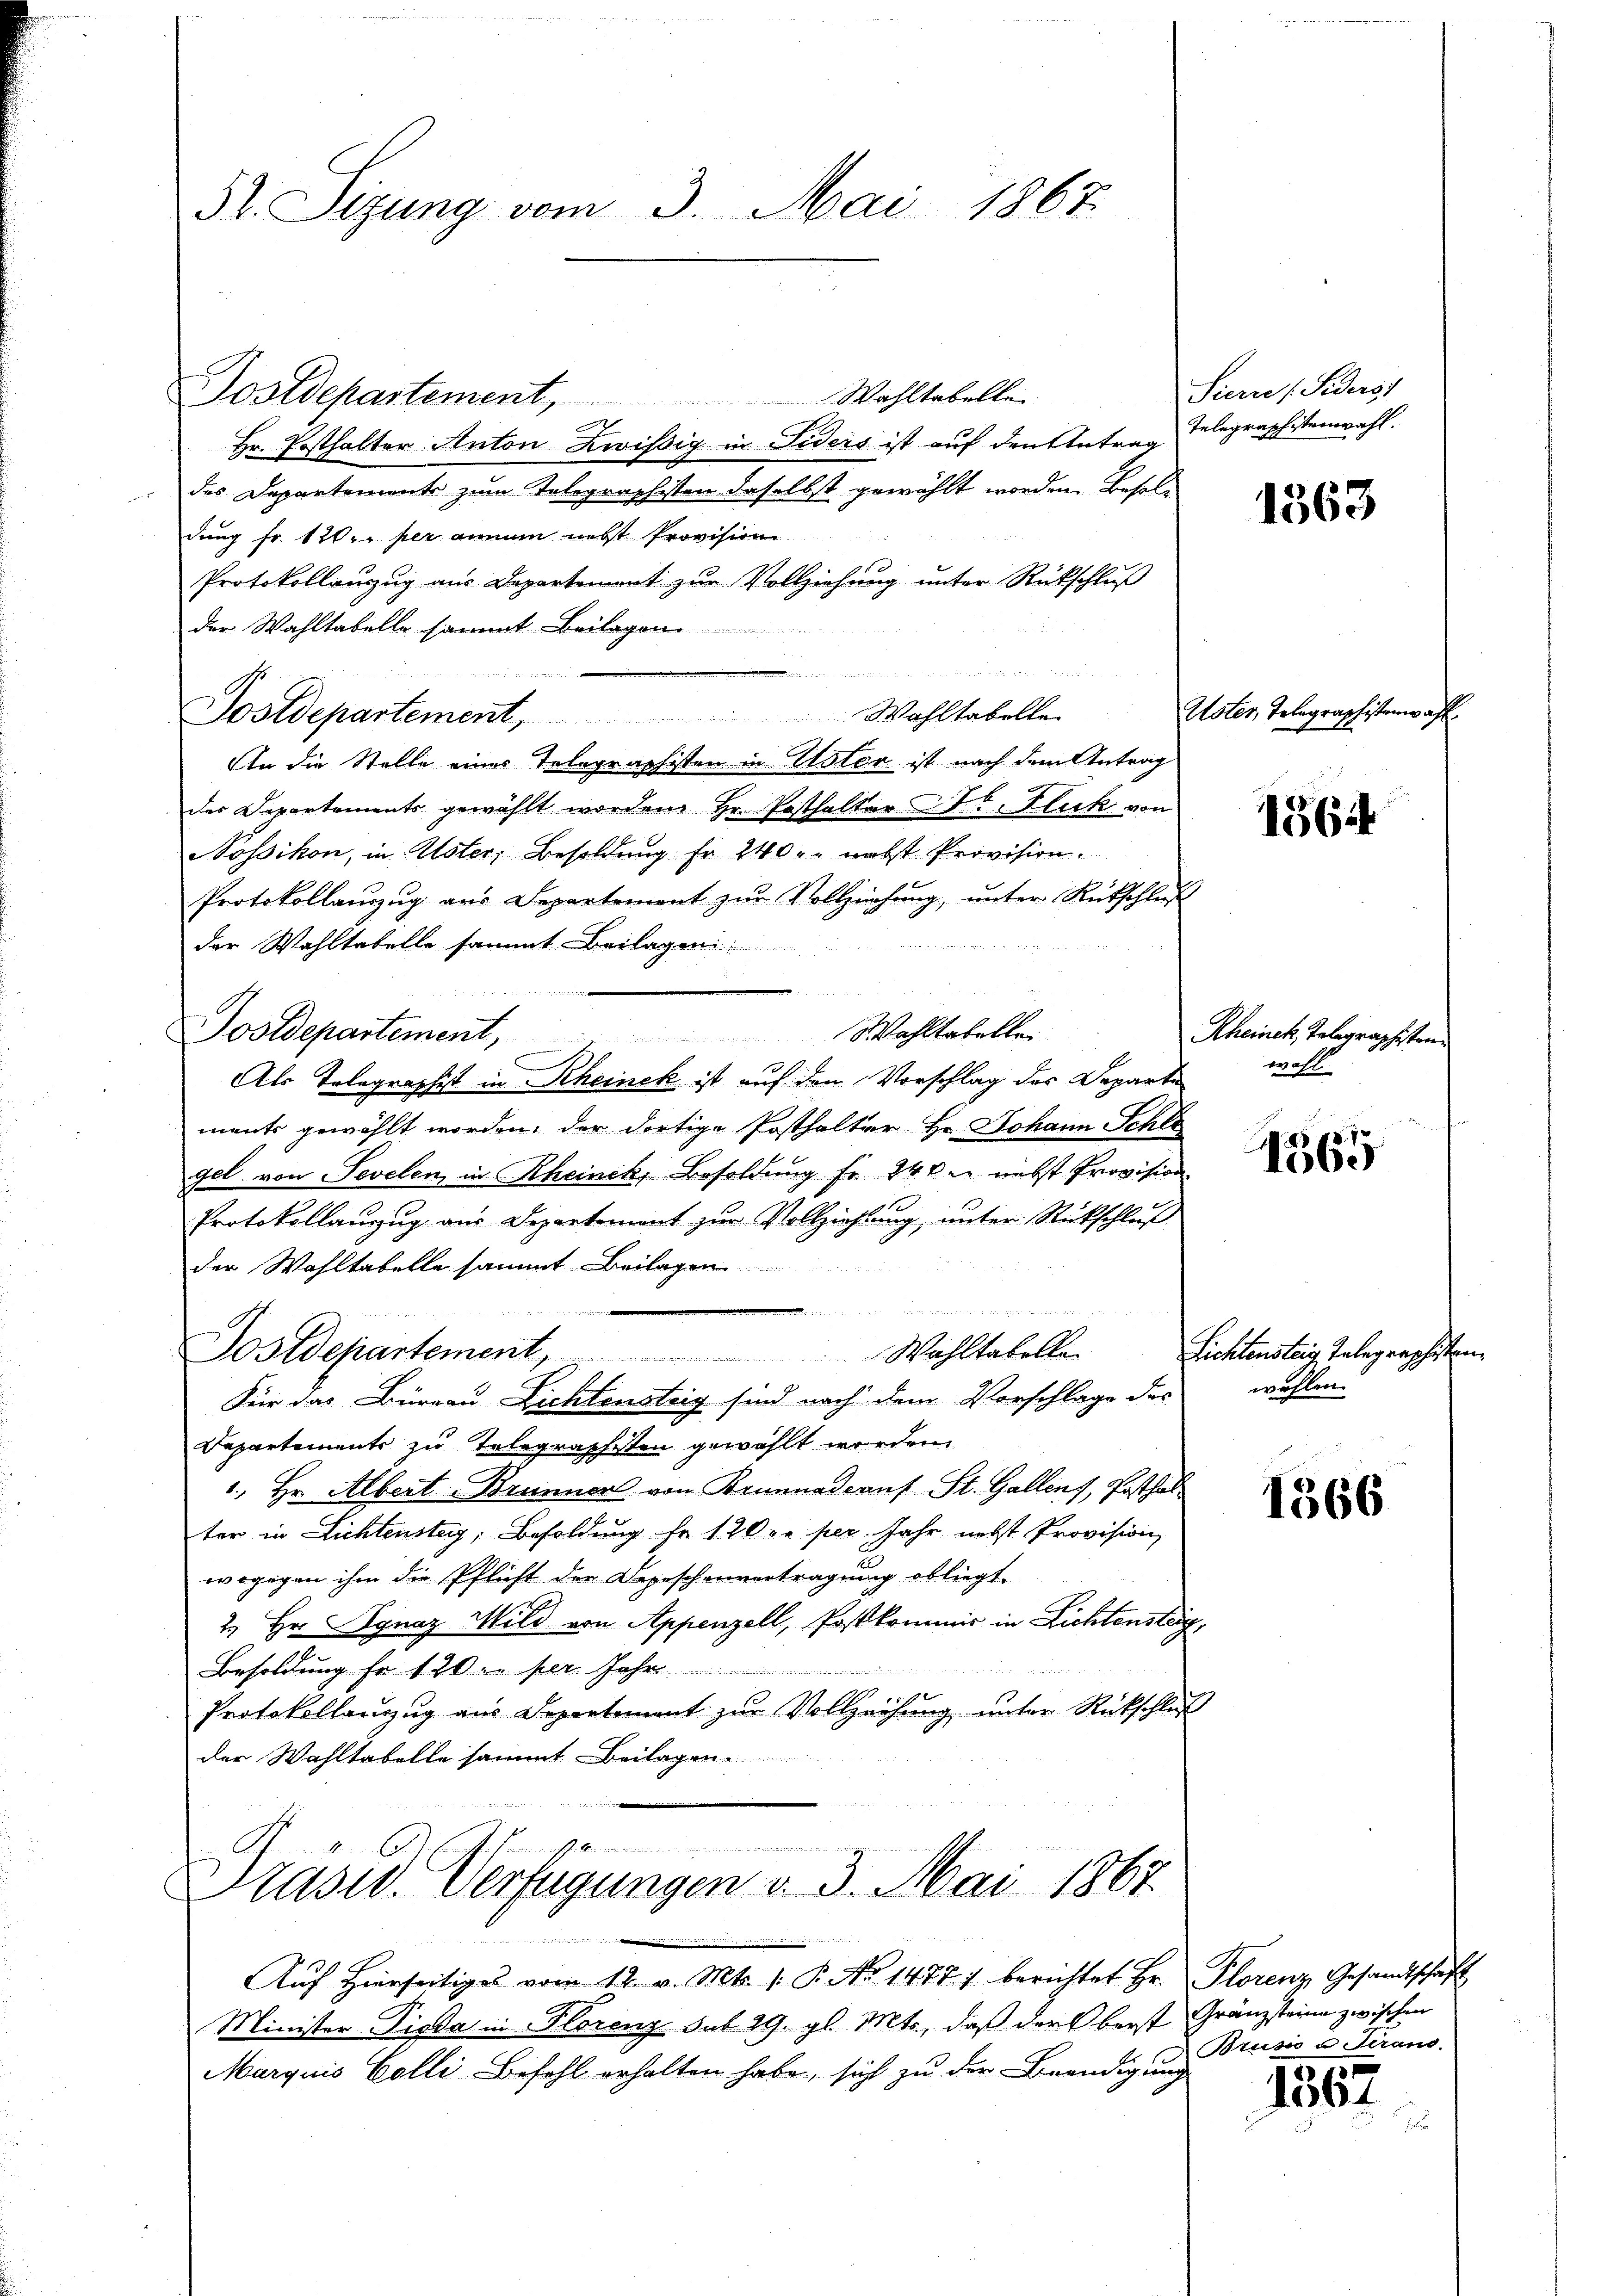
52. Sizung vom 3. Mai 1867

Sostdepartement, Wahltabelle
.
Hr. Posthalter Anton Zweissig in Fiders ist auf den Antrag Telegraphistenwahl.
des Departements zum Telegraphisten daselbst gewählt worden. Besoldung fr. 120 per annum nebst Provision
Protokollanzug aus Departement zur Vollziehung unter Rückschluß
der Wahltabelle sammt Beilagen
Postdepartement, Wahltabelle.
An die Stelle eines Telegraphisten in Uster ist nach dem Antrag
der Departements gewählt worden Hr. Posthalter Hr. Fluck von
Nossikon, in Uster, Besoldung fr. 240 - nebst Provision.
Protokollauzug aus Departement zur Vollziehung, unter Rütschluß
der Wahltabelle sammt Beilagen
e
.
   der Mittet werden des der
Postdepartement,
Wohltabellei
Als Telegraphist in Rheinek ist auf den Vorschlag des Departe
ments gewählt worden, der dortige Posthalter Hr. Johann Schli
gel von Sevelen, in Rheinek, Besoldung fr. 240 nebst Provision
Protokollanzug aus Departement zur Vollziehung, unter Rückschluß
der Wahltabelle sammt Beilagen
n
Sostdepartement, Wahltabella-
Für das Büreau Lichtensteig sind nach dem Vorschlage des wohlen
Departements zu Telegraphsten gewählt werden.
1. Hr. Albert-Brunner von Brunnadrauf St. Gallenz, Posthalter in Lichtenstag, Besoldung fr. 1200. per. Jahr nebst Provision
wogegen ihm die Pflicht der Depeschenvertragung obliegt.
2. Hr. Ignaz Wild von Appenzell, Postkommis in Lichtensteig,
Besoldung fr. 120 Fr. per Jahr
Protokollanzug aus Departement zur Vollziehung unter Rückschluß
der Wahltabelle sammt Beilagen

Präsid. Verfügungen v. 3. Mai 1867
1744

Aŭf Hierseitiges vom 12. v. Mts. 1. P. Nr. 1477) berichtet Hr. Plorenz Gesandtschaft
Minister Piska in Florenz sub 29. gl. Mts., daß der berst Gränzsteine zwischen
Marquis Colli Befehl erhalten habe, sich zu der Beendigung

Siern Siderst

1363

Uster, Telegraphistenwahl.

164

Rheinek, Telegraphisten
wohl

407
obe

Lichtensteig, Telegraphisten

1566

Brusio a Serand.

1567